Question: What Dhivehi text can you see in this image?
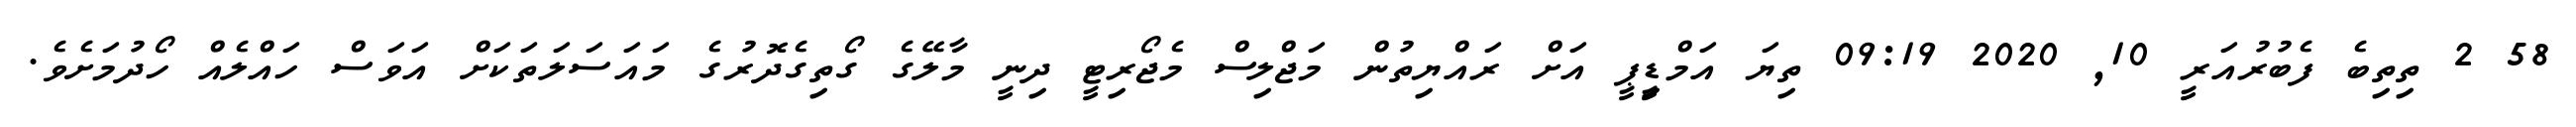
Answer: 58 2 ތިތިބެ ފެބުރުއަރީ 10, 2020 09:19 ތިޔަ އަމްޑިީޕީ އަށް ރައްޔިތުން މަޖްލިސް މެޖޯރިޓީ ދިނީ މާލޭގެ ގޯތިގެދޮރުގެ މައަސަލަތަކަށް އަވަސް ހައްލެއް ހޯދުމަށެވެ.